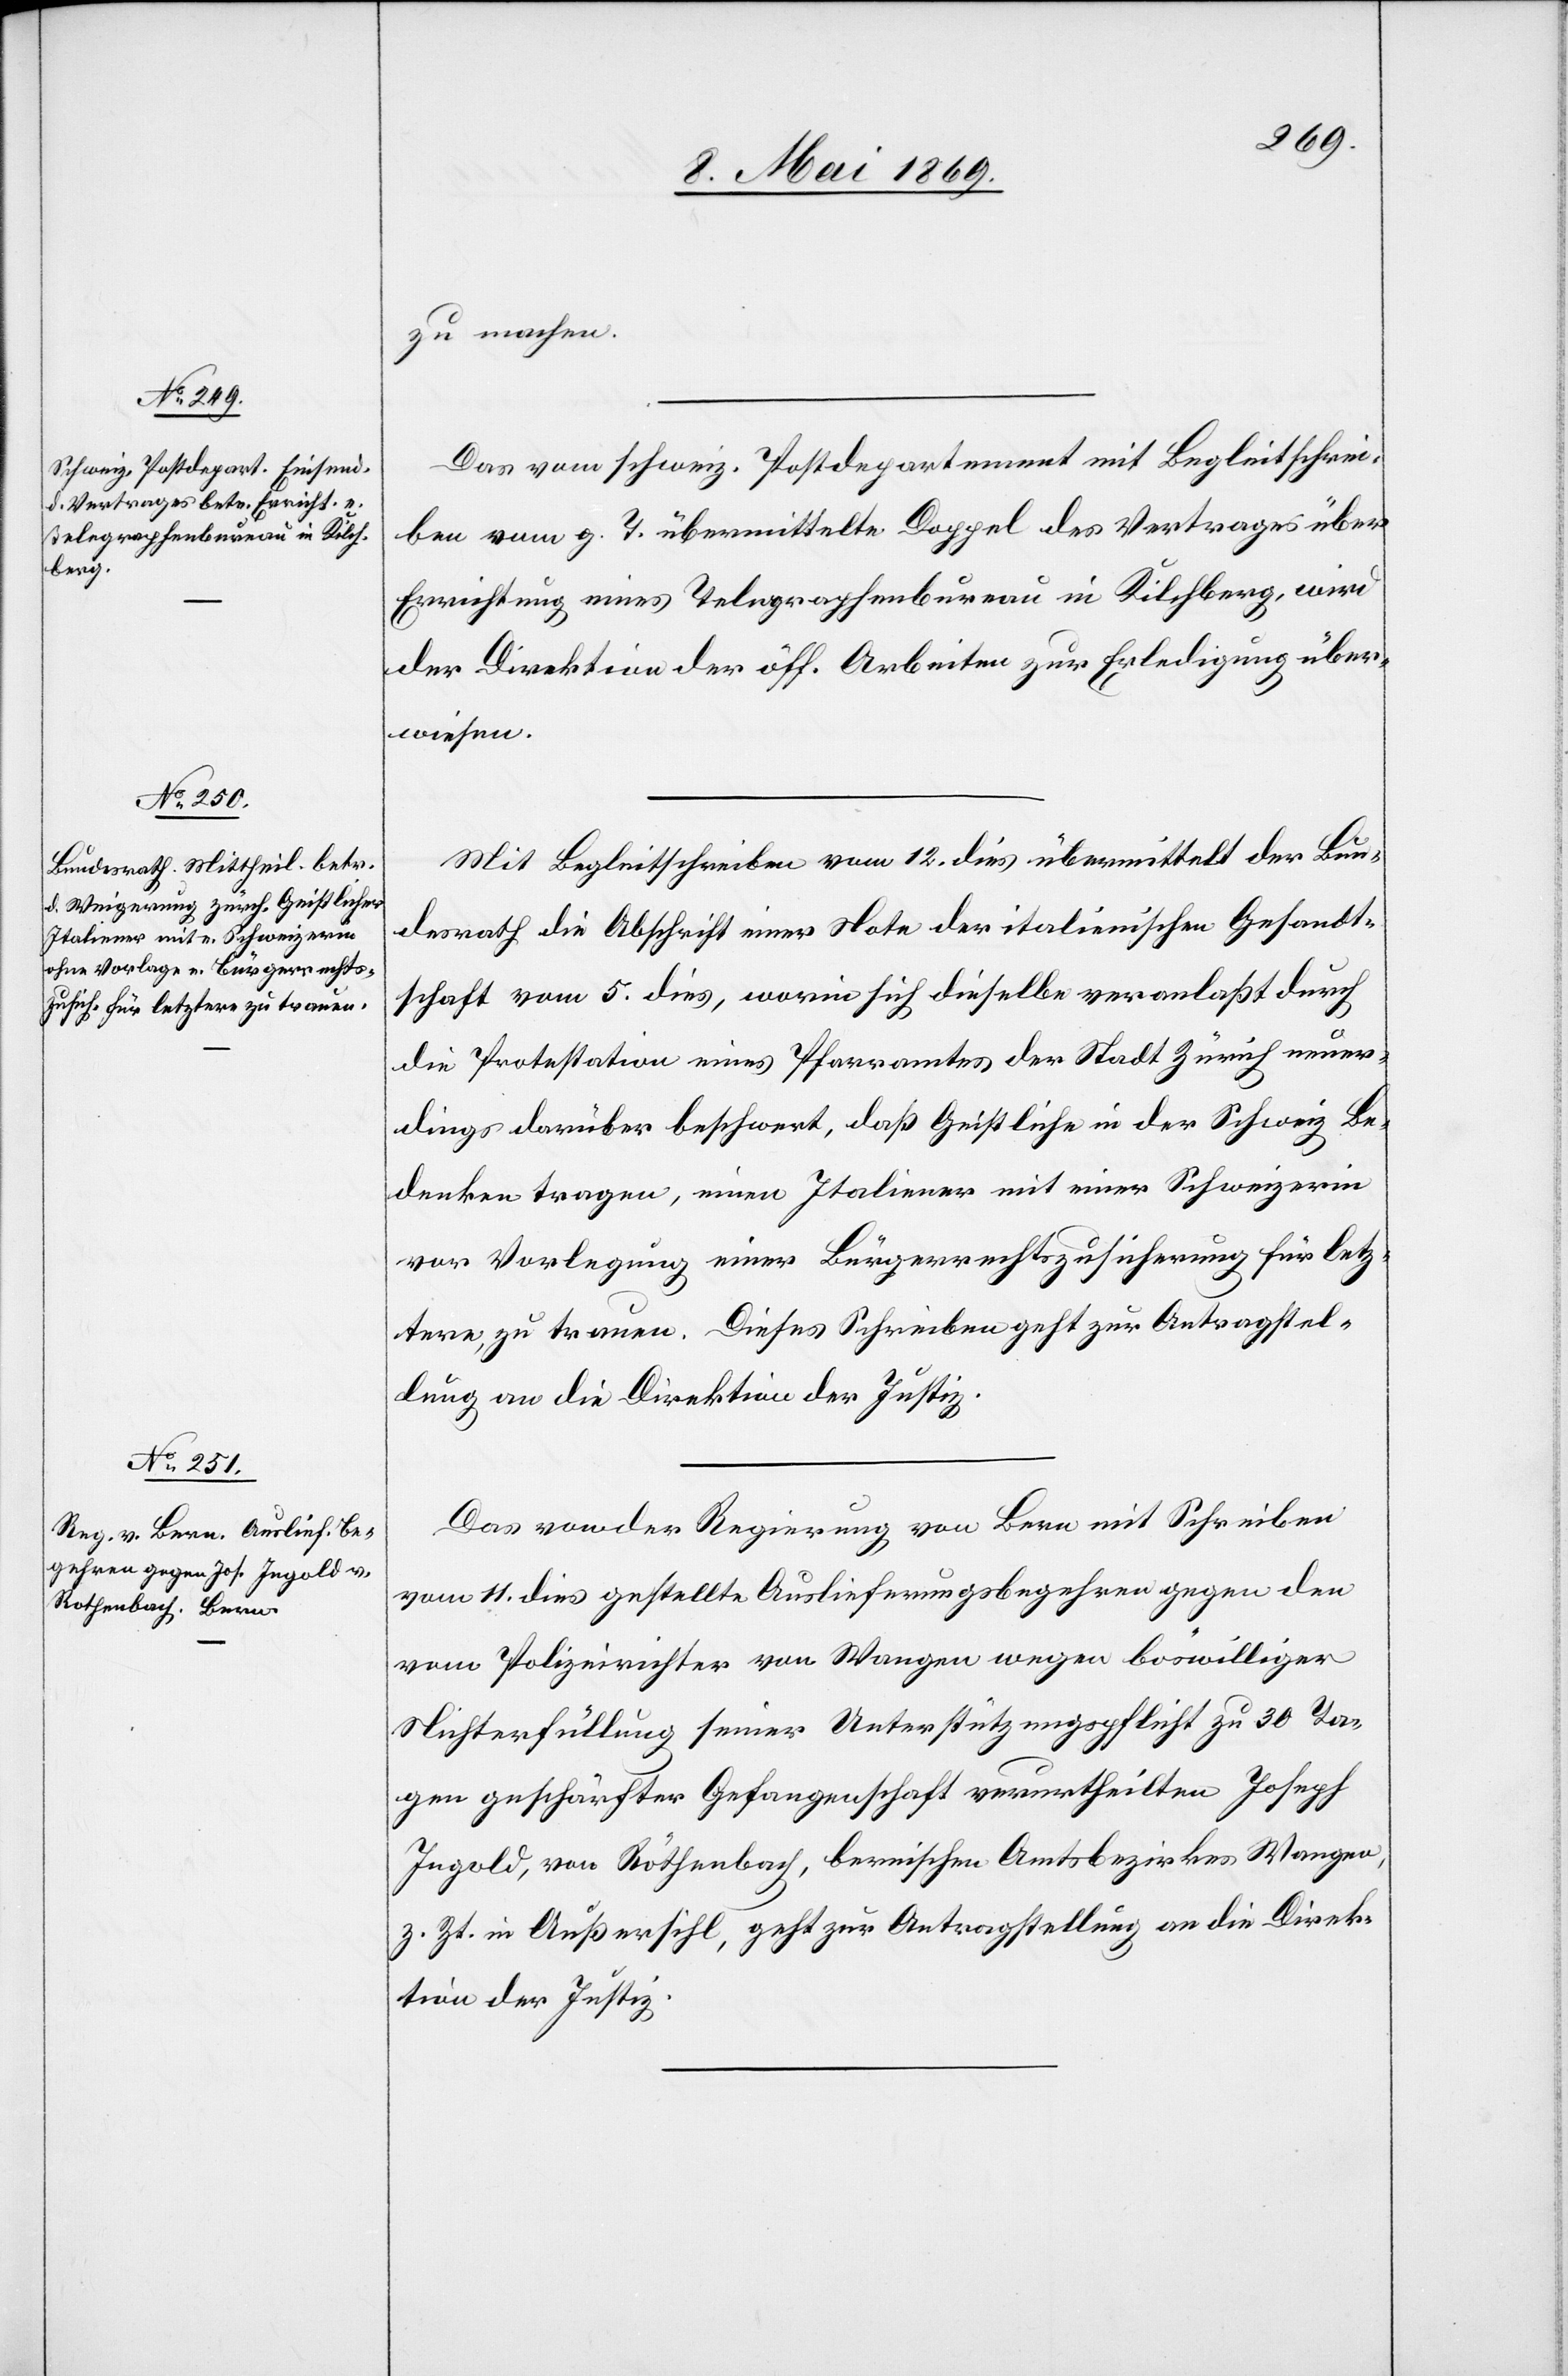
14 Mai 1869.]
zu machen.
Das vom schweiz. Postdepartement mit Begleitschrei¬
ben vom g. T. übermittelte Doppel des Vertrages über
Errichtung eines Telegraphenbureau in Kilchberg, wird
der Direktion der öff. Arbeiten zur Erledigung über¬
wiesen.
Mit Begleitschreiben vom 12. dies übermittelt der Bun¬
desrath die Abschrift einer Note der italienischen Gesandt¬
schaft vom 5. dies, worin sich dieselbe veranlaßt durch
die Protestation eines Pfarramtes der Stadt Zürich neuer¬
dings darüber beschwert, daß Geistliche in der Schweiz Be¬
denken tragen, einen Italiener mit einer Schweizerin
vor Vorlegung einer Bürgerrechtszusicherung für letz¬
tere, zu trauen. Dieses Schreiben geht zur Antragstel¬
lung an die Direktion der Justiz.
Das von der Regierung von Bern mit Schreiben
vom 11. dies gestellte Auslieferungsbegehren gegen den
vom Polizeirichter von Wangen wegen böswilliger
Nichterfüllung seiner Unterstützungspflicht zu 30 Ta¬
gen geschärfter Gefangenschaft verurtheilten Joseph
Ingold, von Röthenbach [sic!], bernischen Amtsbezirkes Wangen,
z. Zt. in Außersihl, geht zur Antragstellung an die Direk¬
tion der Justiz.